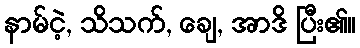
နာမ်ငဲ့, သိသက်, ချေ, အာဒိ ပြီး၏။